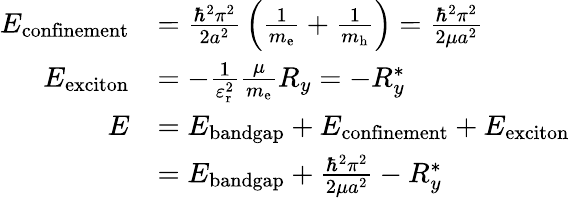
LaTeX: {\begin{array}{rl}{E_{\textrm{confinement}}}&{={\frac{\hbar^{2}\pi^{2}}{2a^{2}}}\left({\frac{1}{m_{\mathrm{{e}}}}}+{\frac{1}{m_{\mathrm{{h}}}}}\right)={\frac{\hbar^{2}\pi^{2}}{2\mu a^{2}}}}\\ {E_{\textrm{exciton}}}&{=-{\frac{1}{\varepsilon_{\mathrm{{r}}}^{2}}}{\frac{\mu}{m_{\mathrm{{e}}}}}R_{y}=-R_{y}^{*}}\\ {E}&{=E_{\textrm{bandgap}}+E_{\textrm{confinement}}+E_{\textrm{exciton}}}\\ &{=E_{\textrm{bandgap}}+{\frac{\hbar^{2}\pi^{2}}{2\mu a^{2}}}-R_{y}^{*}}\end{array}}